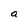
Character: a